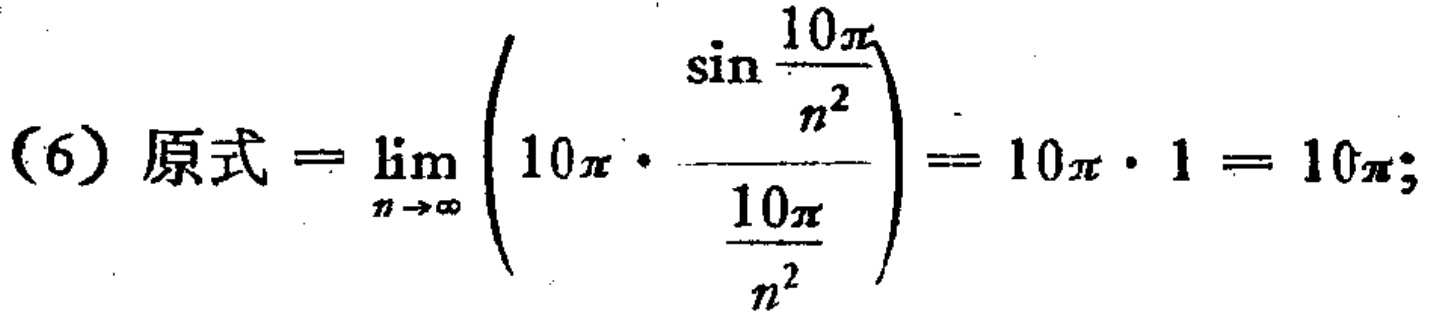
\[(6)\ 原式=\lim_{n \to \infty} \left(10\pi \cdot \frac{\sin \frac{10\pi}{n^2}}{\frac{10\pi}{n^2}}\right)=10\pi \cdot 1 = 10\pi;\]